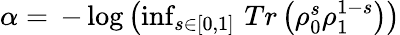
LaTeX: \begin{array}{r}{\alpha=\, -\log\left(\operatorname*{inf}_{s\in[0,1]}\, Tr\left(\rho_{0}^{s}\rho_{1}^{1-s}\right)\right)}\end{array}